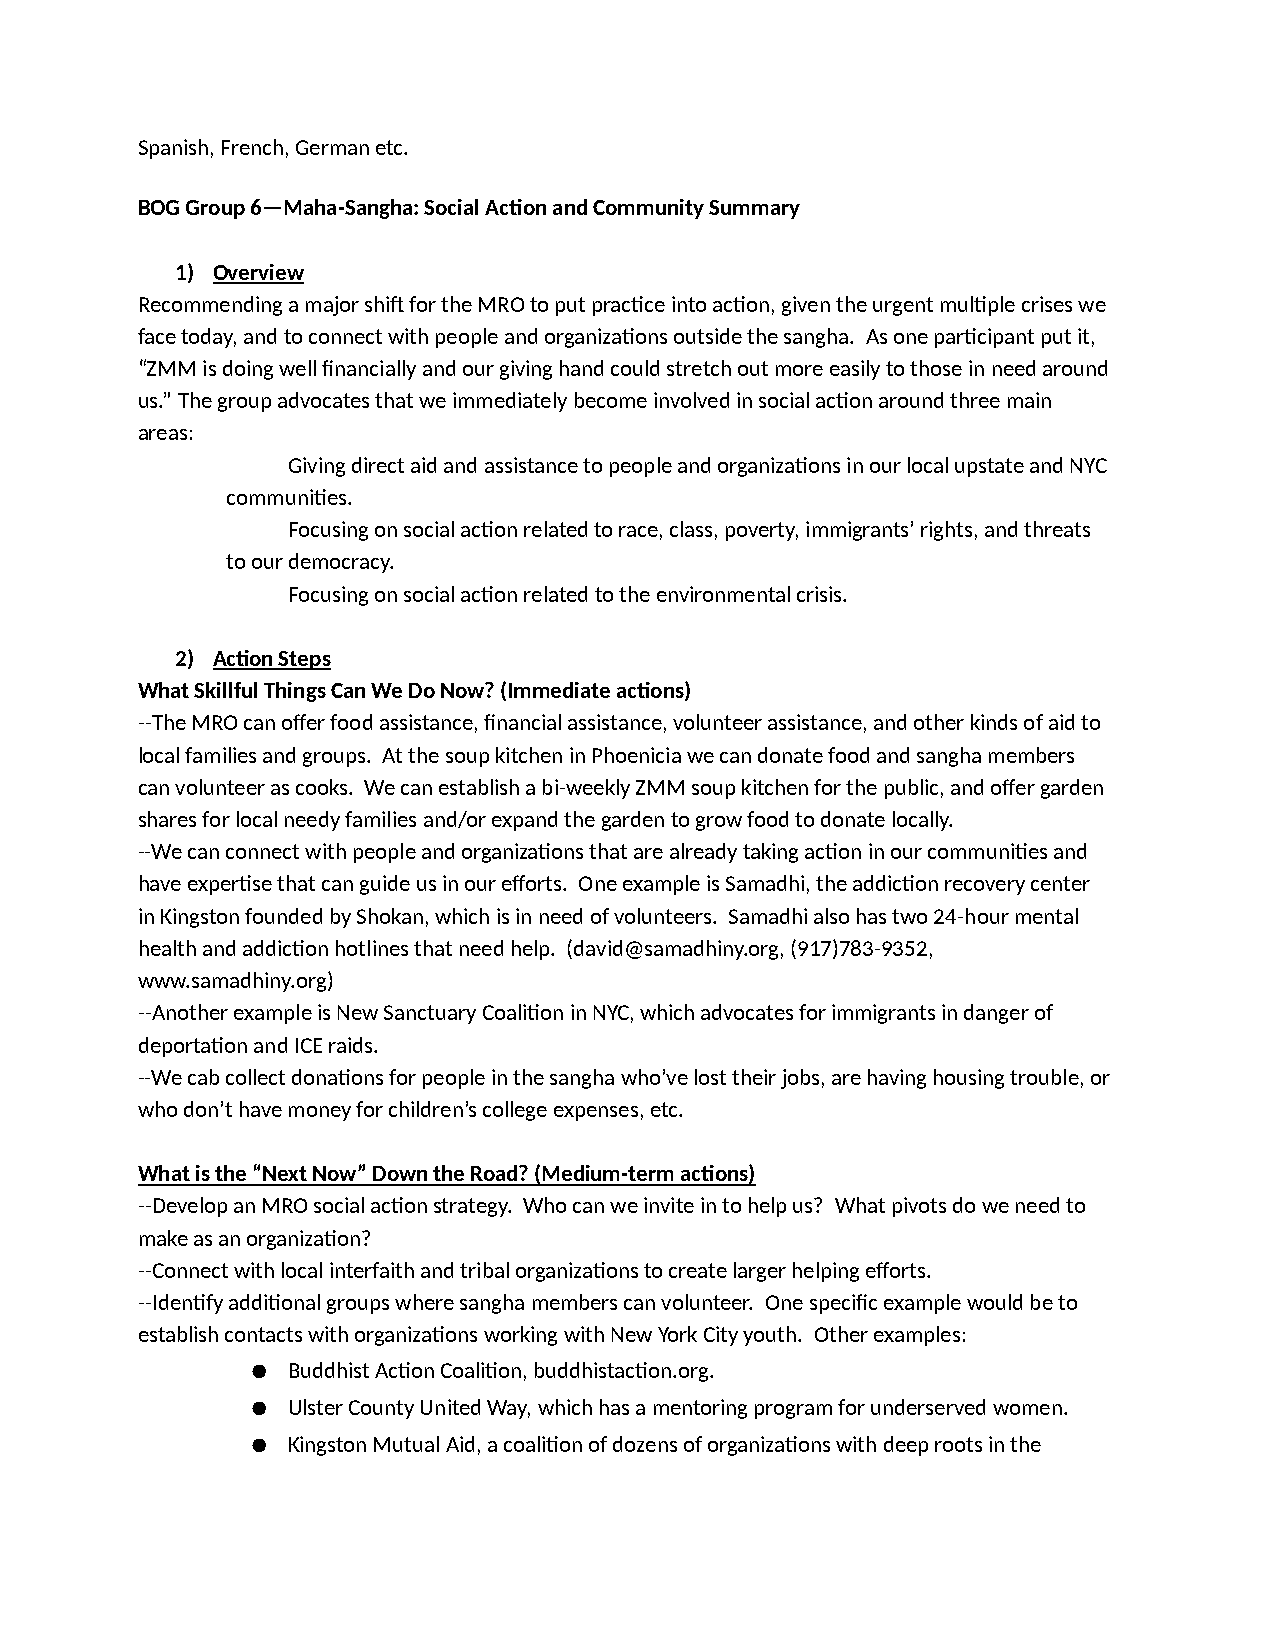
Spanish, French, German etc.
 BOG Group 6—Maha-Sangha: Social AcRon and Community Summary
 1) Overview
 Recommending a major shi^ for the MRO to put prac>ce into ac>on, given the urgent mul>ple crises we
 face today, and to connect with people and organiza>ons outside the sangha. As one par>cipant put it,
 “ZMM is doing well financially and our giving hand could stretch out more easily to those in need around
 us.” The group advocates that we immediately become involved in social ac>on around three main
 areas:
 Giving direct aid and assistance to people and organiza>ons in our local upstate and NYC
 communi>es.
 Focusing on social ac>on related to race, class, poverty, immigrants’ rights, and threats
 to our democracy.
 Focusing on social ac>on related to the environmental crisis.
 2) AcRon Steps
 What Skillful Things Can We Do Now? (Immediate acRons)
 --The MRO can offer food assistance, financial assistance, volunteer assistance, and other kinds of aid to
 local families and groups. At the soup kitchen in Phoenicia we can donate food and sangha members
 can volunteer as cooks. We can establish a bi-weekly ZMM soup kitchen for the public, and offer garden
 shares for local needy families and/or expand the garden to grow food to donate locally.
 --We can connect with people and organiza>ons that are already taking ac>on in our communi>es and
 have exper>se that can guide us in our efforts. One example is Samadhi, the addic>on recovery center
 in Kingston founded by Shokan, which is in need of volunteers. Samadhi also has two 24-hour mental
 health and addic>on hotlines that need help. (david@samadhiny.org, (917)783-9352,
 www.samadhiny.org)
 --Another example is New Sanctuary Coali>on in NYC, which advocates for immigrants in danger of
 deporta>on and ICE raids.
 --We cab collect dona>ons for people in the sangha who’ve lost their jobs, are having housing trouble, or
 who don’t have money for children’s college expenses, etc.
 What is the “Next Now” Down the Road? (Medium-term acRons)
 --Develop an MRO social ac>on strategy. Who can we invite in to help us? What pivots do we need to
 make as an organiza>on?
 --Connect with local interfaith and tribal organiza>ons to create larger helping efforts.
 --Iden>fy addi>onal groups where sangha members can volunteer. One specific example would be to
 establish contacts with organiza>ons working with New York City youth. Other examples:
 ● Buddhist Ac>on Coali>on, buddhistac>on.org.
 ● Ulster County United Way, which has a mentoring program for underserved women.
 ● Kingston Mutual Aid, a coali>on of dozens of organiza>ons with deep roots in the